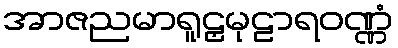
အာဇညမာရူဠှမုဠာရဝဏ္ဏံ